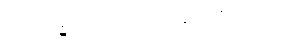
ပရိက္ခကော ကာရဏိကော၊